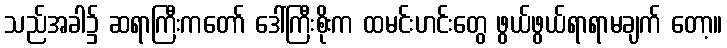
သည်အခါ၌ ဆရာကြီးကတော် ဒေါ်ကြီးစိုးက ထမင်းဟင်းတွေ ဖွယ်ဖွယ်ရာရာမချက် တော့။